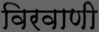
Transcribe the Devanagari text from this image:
विरवाणी